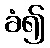
ခံ၍